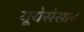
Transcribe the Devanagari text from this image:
यूयेसेसार